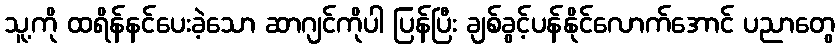
သူ့ကို ထရိန်နင်ပေးခဲ့သော ဆာဂျင်ကိုပါ ပြန်ပြီး ချစ်ခွင့်ပန်နိုင်လောက်အောင် ပညာတွေ